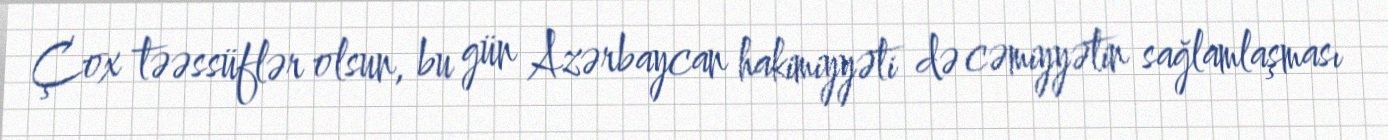
Çox təəssüflər olsun, bu gün Azərbaycan hakimiyyəti də cəmiyyətin sağlamlaşması